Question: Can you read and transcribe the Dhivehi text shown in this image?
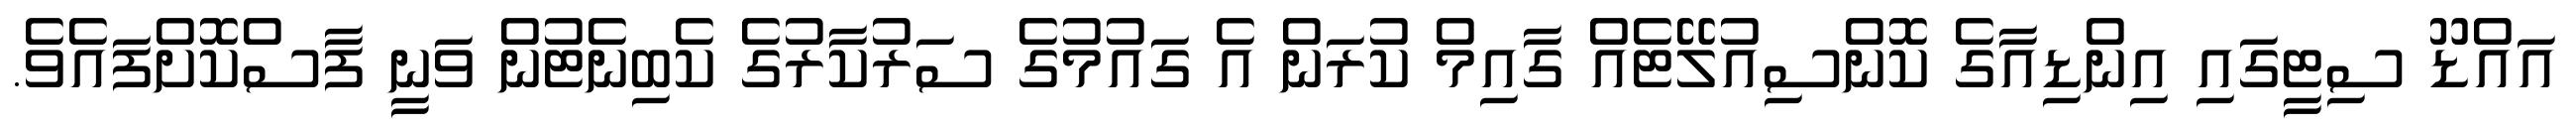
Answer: އައްޑޫ ސިޓީގައި އިންޑިއާގެ ކޮންސިއުލޭޓެއް ގާއިމް ކުރަން އެ ގައުމުގެ ސަރުކާރުގެ ކެބިނެޓުން ވަނީ ފާސްކޮށްފައެވެ.